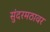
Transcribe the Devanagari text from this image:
सुंदरमठावर